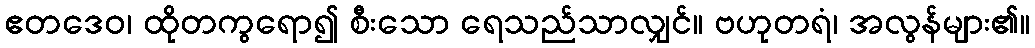
ဧတဒေဝ၊ ထိုတကွရော၍ စီးသော ရေသည်သာလျှင်။ ဗဟုတရံ၊ အလွန်များ၏။